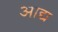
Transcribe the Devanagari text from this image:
अाद्य